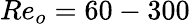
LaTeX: Re_{o}=60-300